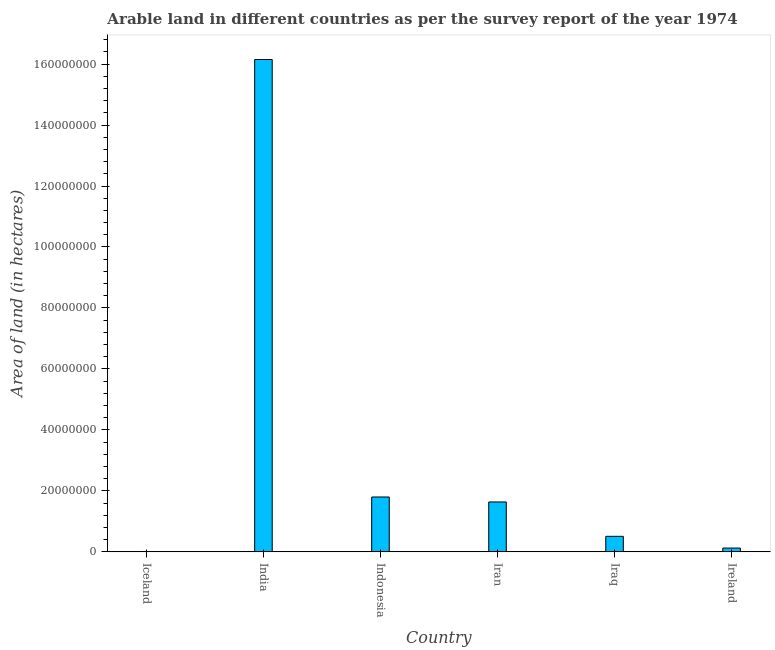
| Country | Area of land |
 | --- | --- |
 | Iceland | 1.25e+05 |
 | India | 1.62e+08 |
 | Indonesia | 1.8e+07 |
 | Iran | 1.64e+07 |
 | Iraq | 5.1e+06 |
 | Ireland | 1.25e+06 |